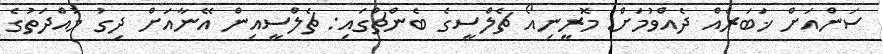
ސަންއަށް ޚަބަރެއް ދެއްވުމަށް: މޮރީނިއޯ ޗެލްސީގެ ބެންޗްގައި: ޗެލްސީއިން އޭނާއަށް ދިގު މުއްދަތުގެ